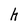
Character: h